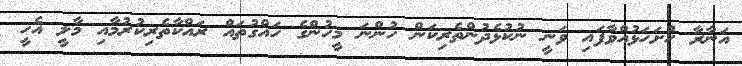
އަނާރާ ހުށަހަޅުއްވާފައި ވަނީ ނުކުޅެދުންތެރިކަން ހުންނަ މީހުންގެ ހައްގުތައް ރައްކާތެރިކުރުމާއި މާލީ އެހީ